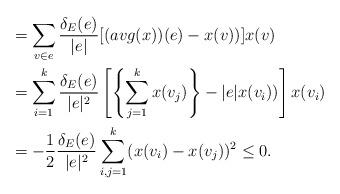
LaTeX: \begin{align*} &=\sum\limits_{v\in e}\frac{\delta_E(e)}{|e|}[(avg(x))(e)-x(v))]x(v)\\ &=\sum\limits_{i= 1}^k\frac{\delta_E(e)}{|e|^2}\left[\left\{\sum\limits_{j=1 }^k x(v_j)\right\}-|e|x(v_i))\right]x(v_i)\\ &=-\frac{1}{2}\frac{\delta_E(e)}{|e|^2}\sum_{i,j=1}^k(x(v_i)-x(v_j))^2\le 0.\end{align*}